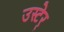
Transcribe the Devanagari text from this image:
उस्टेर्